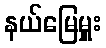
နယ်မြေမှူး